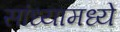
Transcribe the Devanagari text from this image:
सांध्यामध्ये